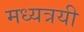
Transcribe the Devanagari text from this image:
मध्यत्रयी